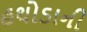
હથોડાની